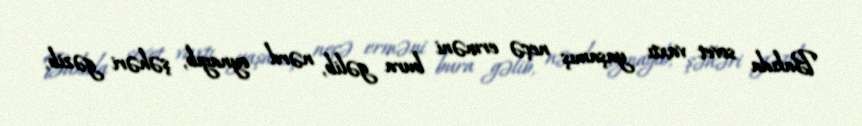
Bakıda sovet vaxtı yaşamış neçə erməni bura gəlib, nərd oynayıb, şəhəri gəzib,